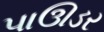
પાઊડર